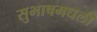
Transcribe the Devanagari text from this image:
सुभाषमधली